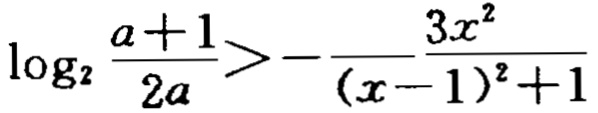
\(\log_{2}\frac{a + 1}{2a}>-\frac{3x^{2}}{(x - 1)^{2}+1}\)